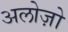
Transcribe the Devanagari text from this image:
अलोज़ो